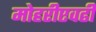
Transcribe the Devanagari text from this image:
मोहरीएवढी